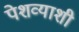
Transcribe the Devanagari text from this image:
पेशव्याशी